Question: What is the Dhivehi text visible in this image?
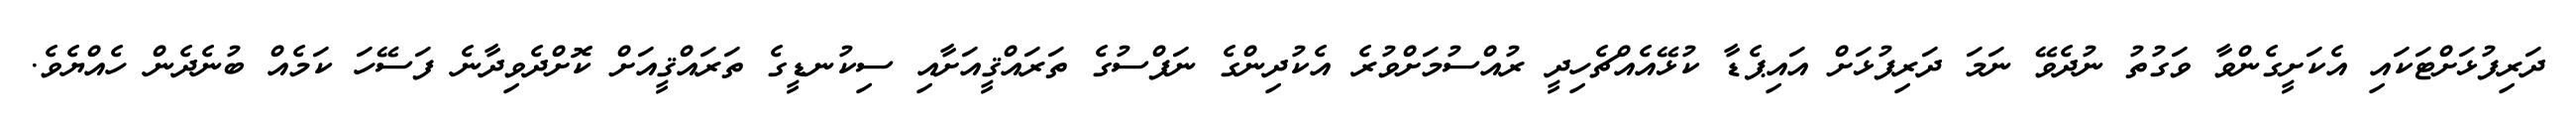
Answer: ދަރިފުޅަށްޓަކައި އެކަށީގެންވާ ވަގުތު ނުދެވޭ ނަމަ ދަރިފުޅަށް އައިޕެޑާ ކުޅޭއެއްޗެހިދީ ރުއްސުމަށްވުރެ އެކުދިންގެ ނަފްސުގެ ތަރައްޤީއަށާއި ސިކުނޑީގެ ތަރައްޤީއަށް ކޮށްދެވިދާނެ ފަސޭހަ ކަމެއް ބުނެދެން ހެއްޔެވެ.